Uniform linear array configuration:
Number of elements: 12
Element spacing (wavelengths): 0.25
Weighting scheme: binomial
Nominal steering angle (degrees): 15
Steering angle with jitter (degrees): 14.612
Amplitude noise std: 0.05
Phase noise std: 0.05

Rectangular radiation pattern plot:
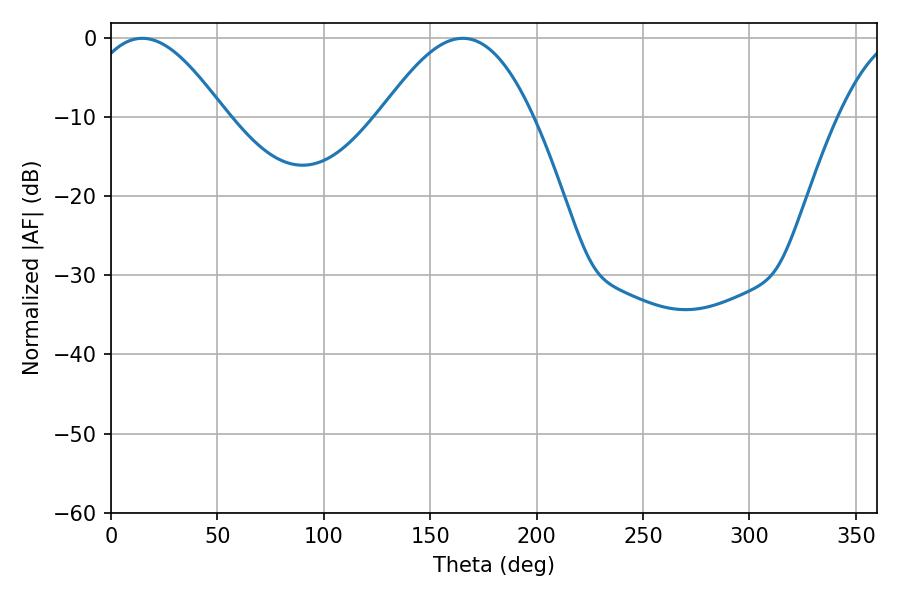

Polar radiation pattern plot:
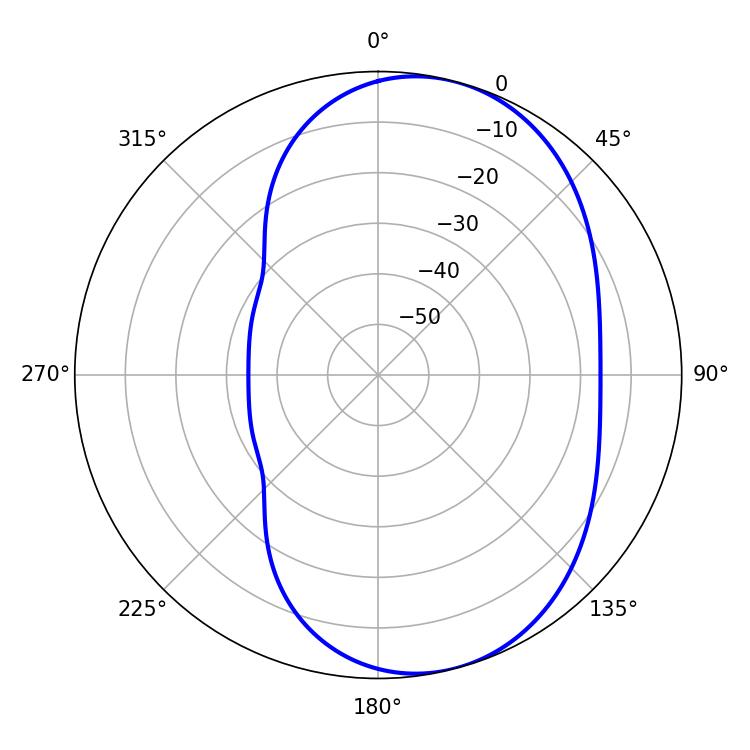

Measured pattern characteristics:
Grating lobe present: FALSE
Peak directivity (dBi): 6.626
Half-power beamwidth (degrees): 34.92
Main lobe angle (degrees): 14.76